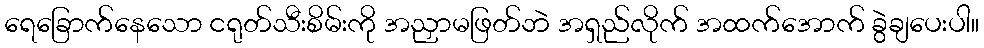
ရေခြောက်နေသော ငရုတ်သီးစိမ်းကို အညှာမဖြတ်ဘဲ အရှည်လိုက် အထက်အောက် ခွဲချပေးပါ။